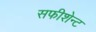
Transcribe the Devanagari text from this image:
सफीशेन्ट